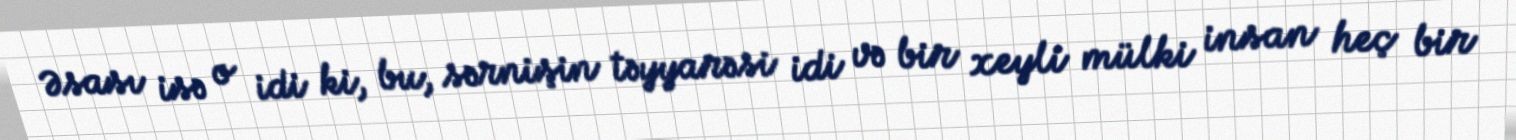
Əsası isə o idi ki, bu, sərnişin təyyarəsi idi və bir xeyli mülki insan heç bir